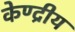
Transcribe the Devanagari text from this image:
केण्द्रीय